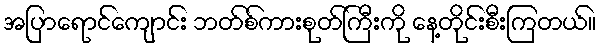
အပြာရောင်ကျောင်း ဘတ်စ်ကားစုတ်ကြီးကို နေ့တိုင်းစီးကြတယ်။